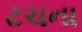
ટચના